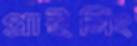
প্রাইমিং